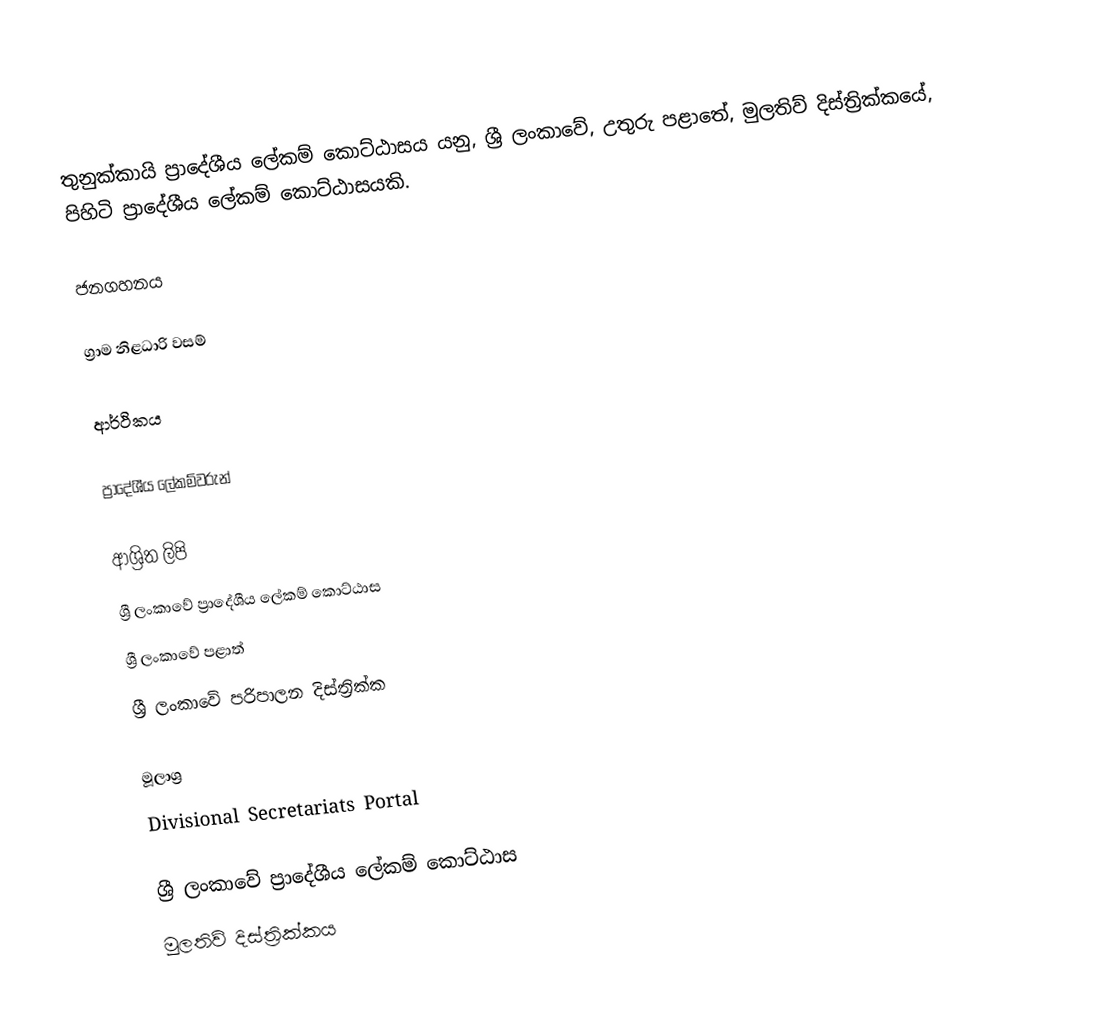
තුනුක්‌කායි ප්‍රාදේශීය ලේකම් කොට්ඨාසය යනු,  ශ්‍රී ලංකාවේ, උතුරු පළාතේ,   මුලතිව් දිස්ත්‍රික්කයේ, පිහිටි ප්‍රාදේශීය ලේකම් කොට්ඨාසයකි.

ජනගහනය

ග්‍රාම නිළධාරි වසම්

ආර්ථිකය

ප්‍රාදේශීය ලේකම්වරුන්

ආශ්‍රිත ලිපි
ශ්‍රී ලංකාවේ ප්‍රාදේශීය ලේකම් කොට්ඨාස
ශ්‍රී ලංකාවේ පළාත්
ශ්‍රී ලංකාවේ පරිපාලන දිස්ත්‍රික්ක

මූලාශ්‍ර
 Divisional Secretariats Portal

ශ්‍රී ලංකාවේ ප්‍රාදේශීය ලේකම් කොට්ඨාස
මුලතිව් දිස්ත්‍රික්කය